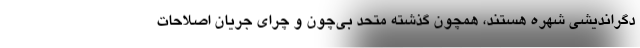
دگراندیشی شهره هستند، همچون گذشته متحد بی‌چون و چرای جریان اصلاحات